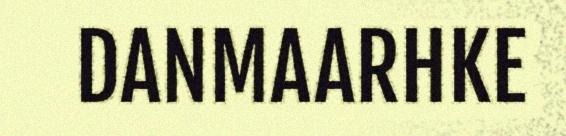
DANMAARHKE